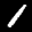
Label: 1